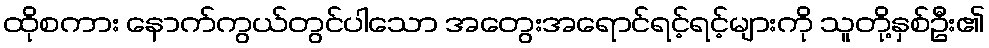
ထိုစကား နောက်ကွယ်တွင်ပါသော အတွေးအရောင်ရင့်ရင့်များကို သူတို့နှစ်ဦး၏